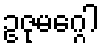
ဥဇုမဂ္ဂေါ